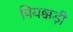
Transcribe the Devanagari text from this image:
पियक्कड़ी